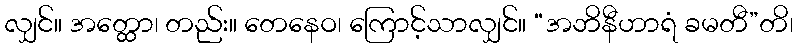
လျှင်။ အတ္ထော၊ တည်း။ တေနေဝ၊ ကြောင့်သာလျှင်။ “အဘိနီဟာရံ ခမတီ”တိ၊